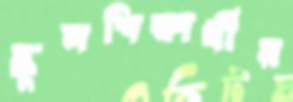
স্কুলশিক্ষার্থীর